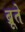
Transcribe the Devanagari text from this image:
ब्रूते